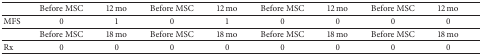
|  | Before MSC | 12 mo | Before MSC | 12 mo | Before MSC | 12 mo | Before MSC | 12 mo |
 | --- | --- | --- | --- | --- | --- | --- | --- | --- |
 | MFS | 0 | 1 | 0 | 1 | 0 | 0 | 0 | 0 |
 |  | Before MSC | 18 mo | Before MSC | 18 mo | Before MSC | 18 mo | Before MSC | 18 mo |
 | Rx | 0 | 0 | 0 | 0 | 0 | 0 | 0 | 0 |